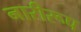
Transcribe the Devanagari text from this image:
नारीरूप